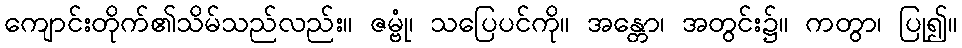
ကျောင်းတိုက်၏သိမ်သည်လည်း။ ဇမ္ဗုံ၊ သပြေပင်ကို။ အန္တော၊ အတွင်း၌။ ကတွာ၊ ပြု၍။